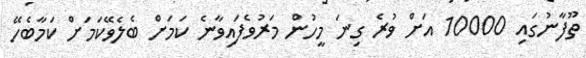
ތޫފާނުގައި 10000 އަށް ވުރެ ގިނަ މީހުން މަރުވެފައިވާނެ ކަމަށް ބެލެވޭކަމަށް ކަމާބެހޭ